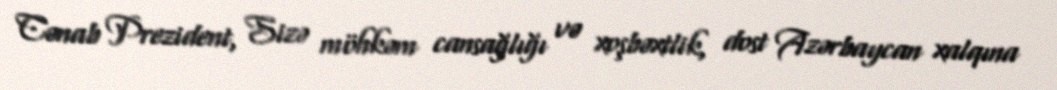
Cənab Prezident, Sizə möhkəm cansağlığı və xoşbəxtlik, dost Azərbaycan xalqına